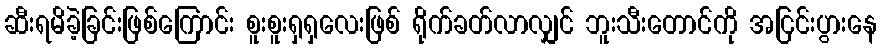
ဆီးရမိခဲ့ခြင်းဖြစ်ကြောင်း စူးစူးရှရှလေးဖြစ် ရိုက်ခတ်လာလျှင် ဘူးသီးတောင်ကို အငြင်းပွားနေ